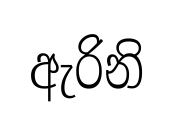
ඇරිනි